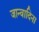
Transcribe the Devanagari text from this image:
जान्वादिना